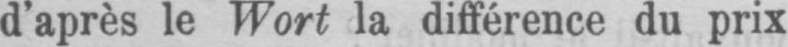
d’après le Wort la différence du prix